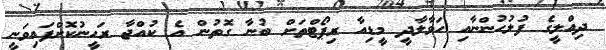
ދިއްލީގެ ފުލުހުންނާއި ހަވާލާދީ މީޑިއާ ރިޕޯޓްތަށް ބުނާ ގޮތުން އެ ކުއްޖާ ރަހީނުކޮށްފައިވަނީ